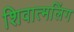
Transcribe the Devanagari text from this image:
शिवात्मलिंग